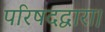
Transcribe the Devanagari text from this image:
परिषदद्वारा।